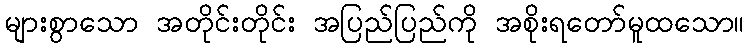
များစွာသော အတိုင်းတိုင်း အပြည်ပြည်ကို အစိုးရတော်မူထသော။